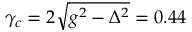
\gamma _ { c } = 2 \sqrt { g ^ { 2 } - \Delta ^ { 2 } } = 0 . 4 4